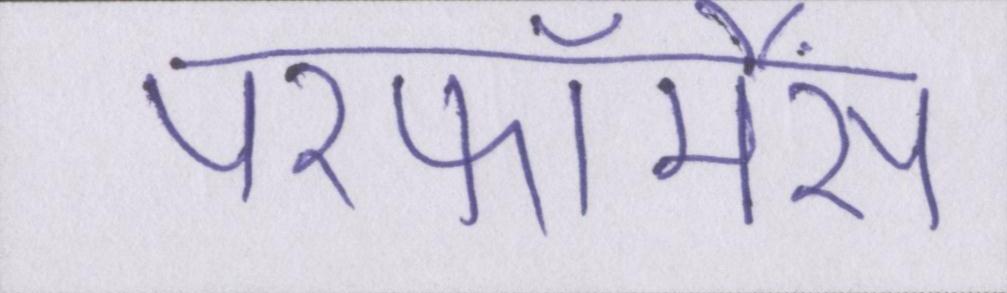
परफॉर्मेंस